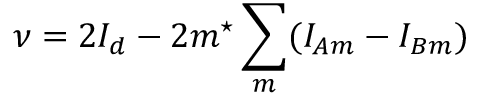
\nu = 2 I _ { d } - 2 m ^ { \star } \sum _ { m } ( I _ { A m } - I _ { B m } )